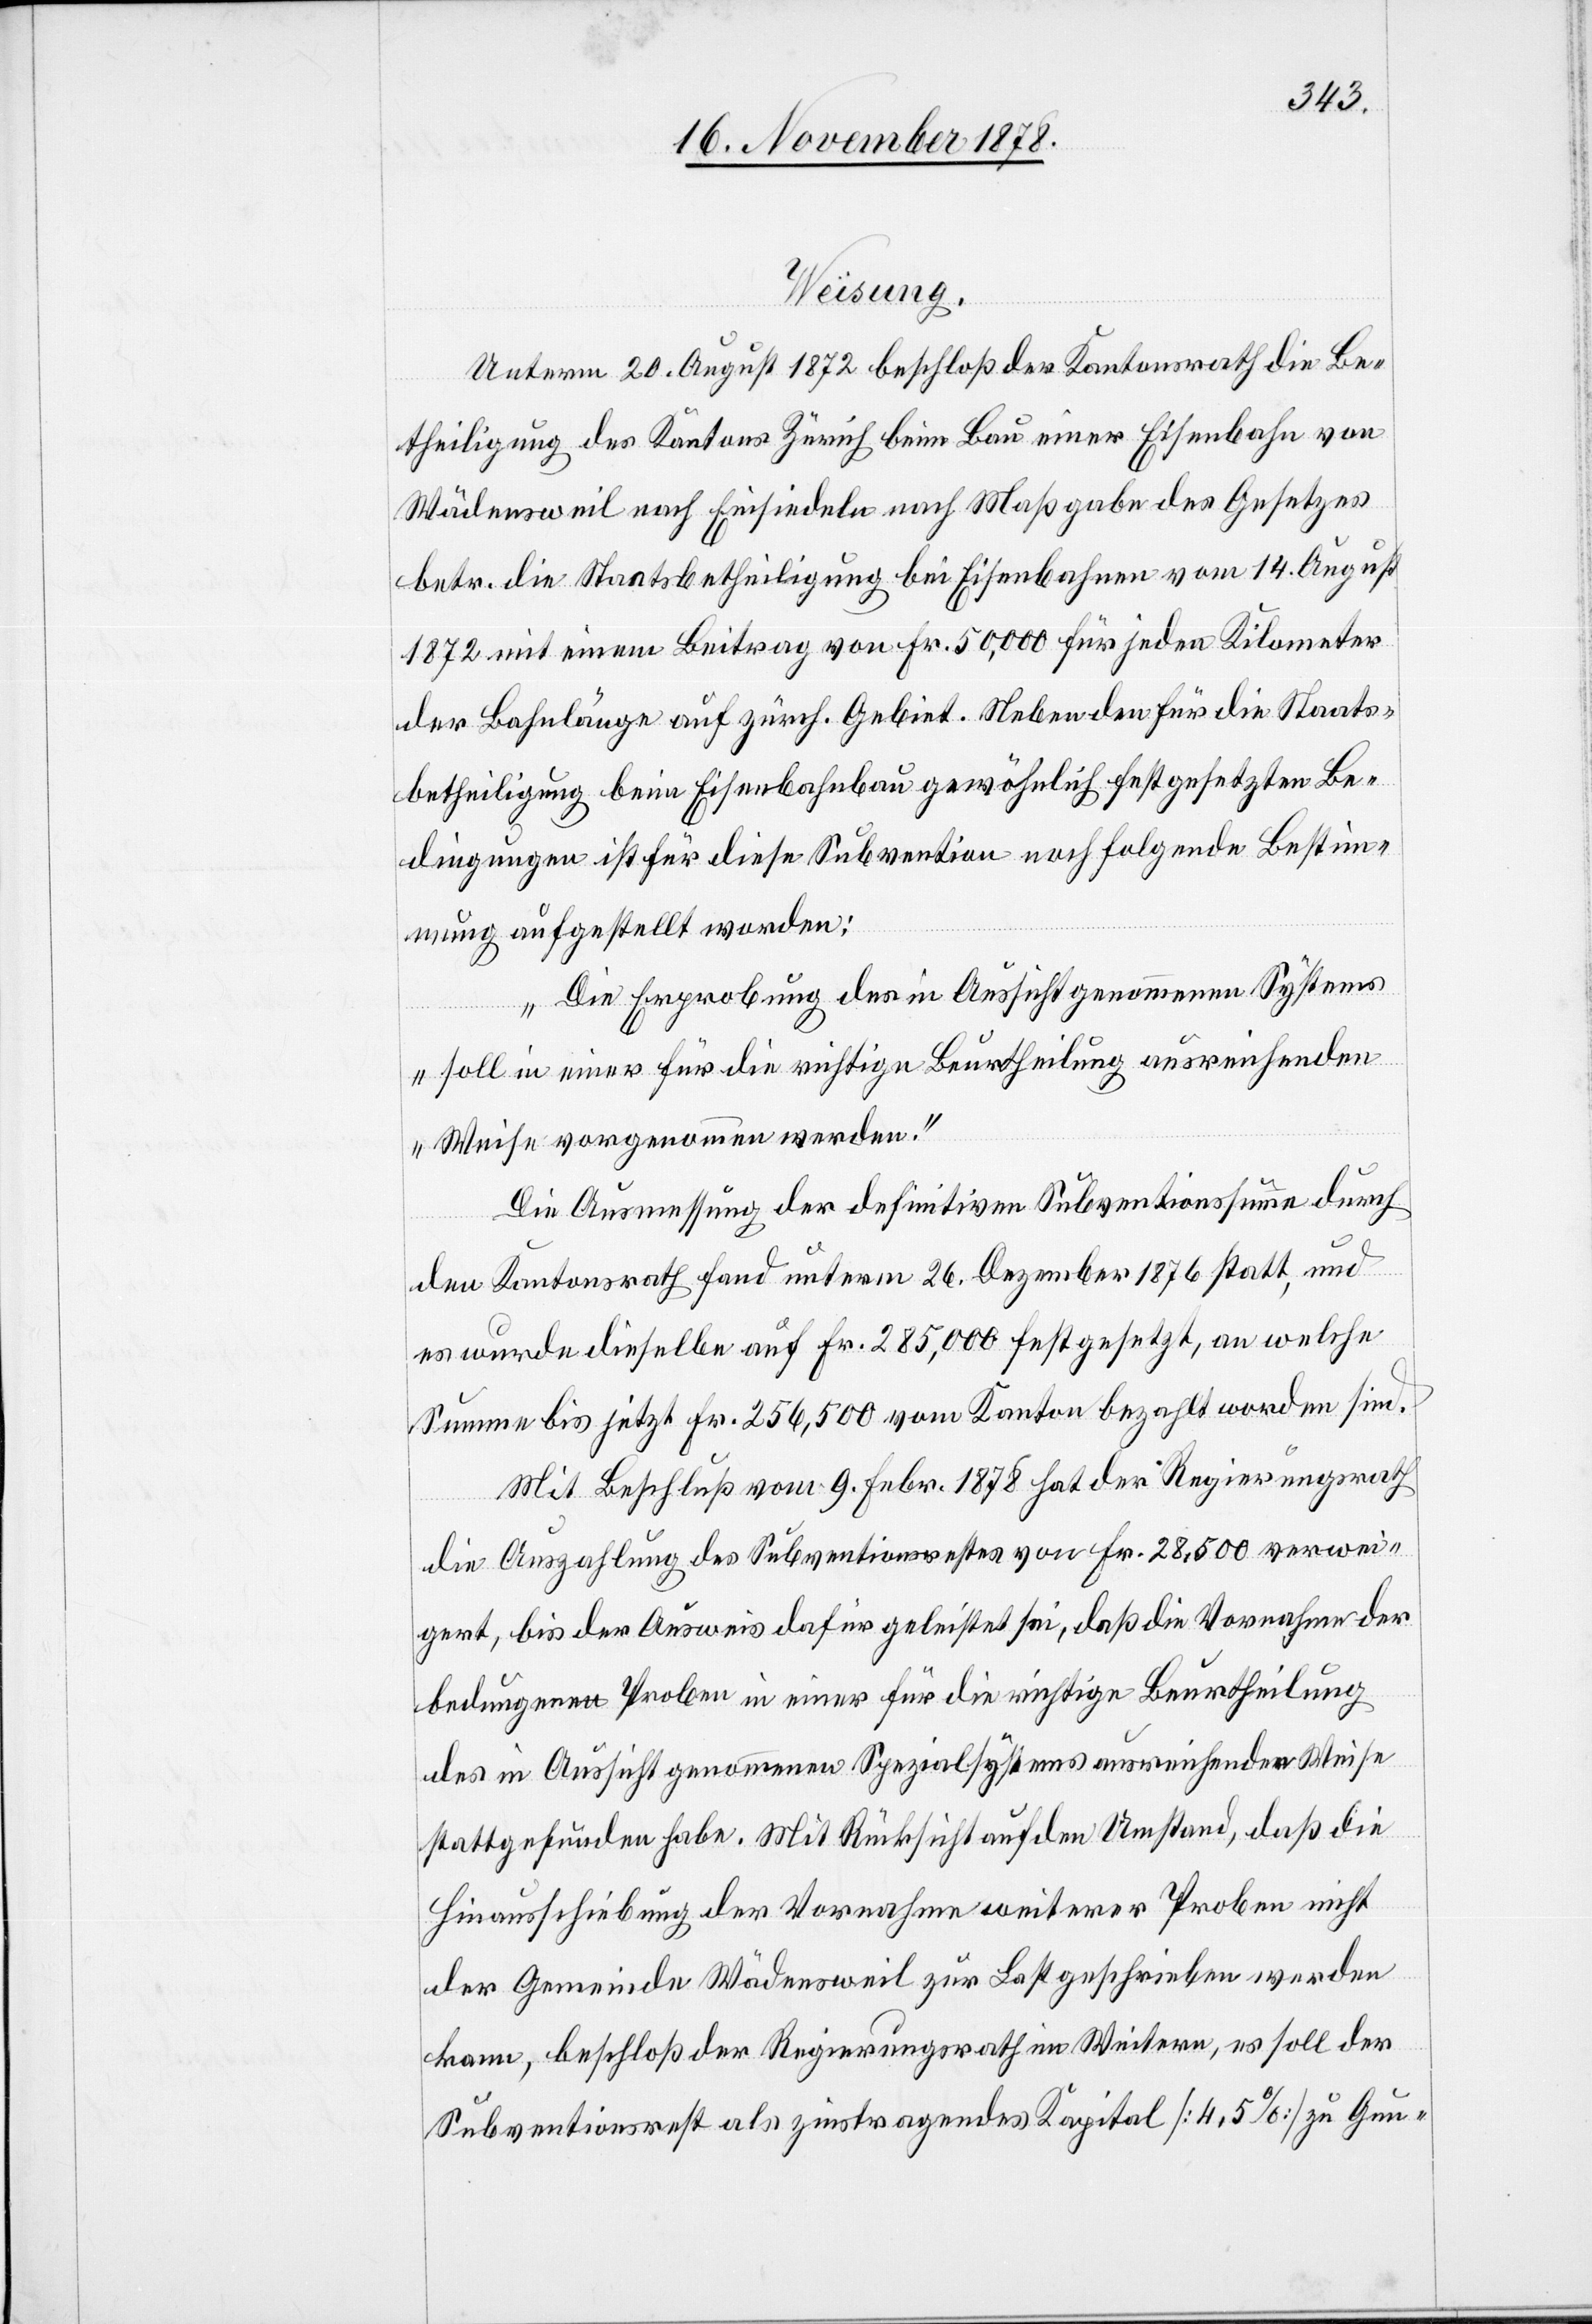
Weisung.
Unterm 20. August 1872 beschloß der Kantonsrath die Be¬
theiligung des Kantons Zürich beim Bau einer Eisenbahn von
Wädensweil nach Einsiedeln nach Maßgabe des Gesetzes
betr. die Staatsbetheiligung bei Eisenbahnen vom 14. August
1872 mit einem Beitrag von Fr. 50,000 für jeden Kilometer
der Bahnlänge auf zürch. Gebiet. Neben den für die Staats¬
betheiligung beim Eisenbahnbau gewöhnlich festgesetzten Be¬
dingungen ist für diese Subvention noch folgende Bestimm¬
ung aufgestellt worden:
„Die Erprobung des in Aussicht genommenen Systems
soll in einer für die richtige Beurtheilung ausreichenden
Weise vorgenommen werden.“
Die Ausmessung der definitiven Subventionssumme durch
den Kantonsrath fand unterm 26. Dezember 1876 statt, und
es wurde dieselbe auf Fr. 285,000 festgesetzt, an welche
Summe bis jetzt Fr. 256,500 vom Kanton bezahlt worden sind.
Mit Beschluß vom 9. Febr. 1878 hat der Regierungsrath
die Auszahlung des Subventionsrestes von Fr. 28,500 verwei¬
gert, bis der Ausweis dafür geleistet sei, daß die Vornahme der
bedungenen Proben in einer für die richtige Beurtheilung
des in Aussicht genommenen Spezialsystems ausreichenden Weise
stattgefunden habe. Mit Rücksicht auf den Umstand, daß die
Hinausschiebung der Vornahme weiterer Proben nicht
der Gemeinde Wädensweil zur Last geschrieben werden
kann, beschloß der Regierungsrath im Weitern, es soll der
Subventionsrest als zinstragendes Kapital [4,5%] zu Gun-